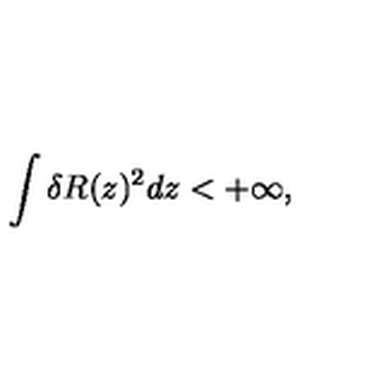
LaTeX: \int \delta R ( z ) ^ { 2 } d z < + \infty ,